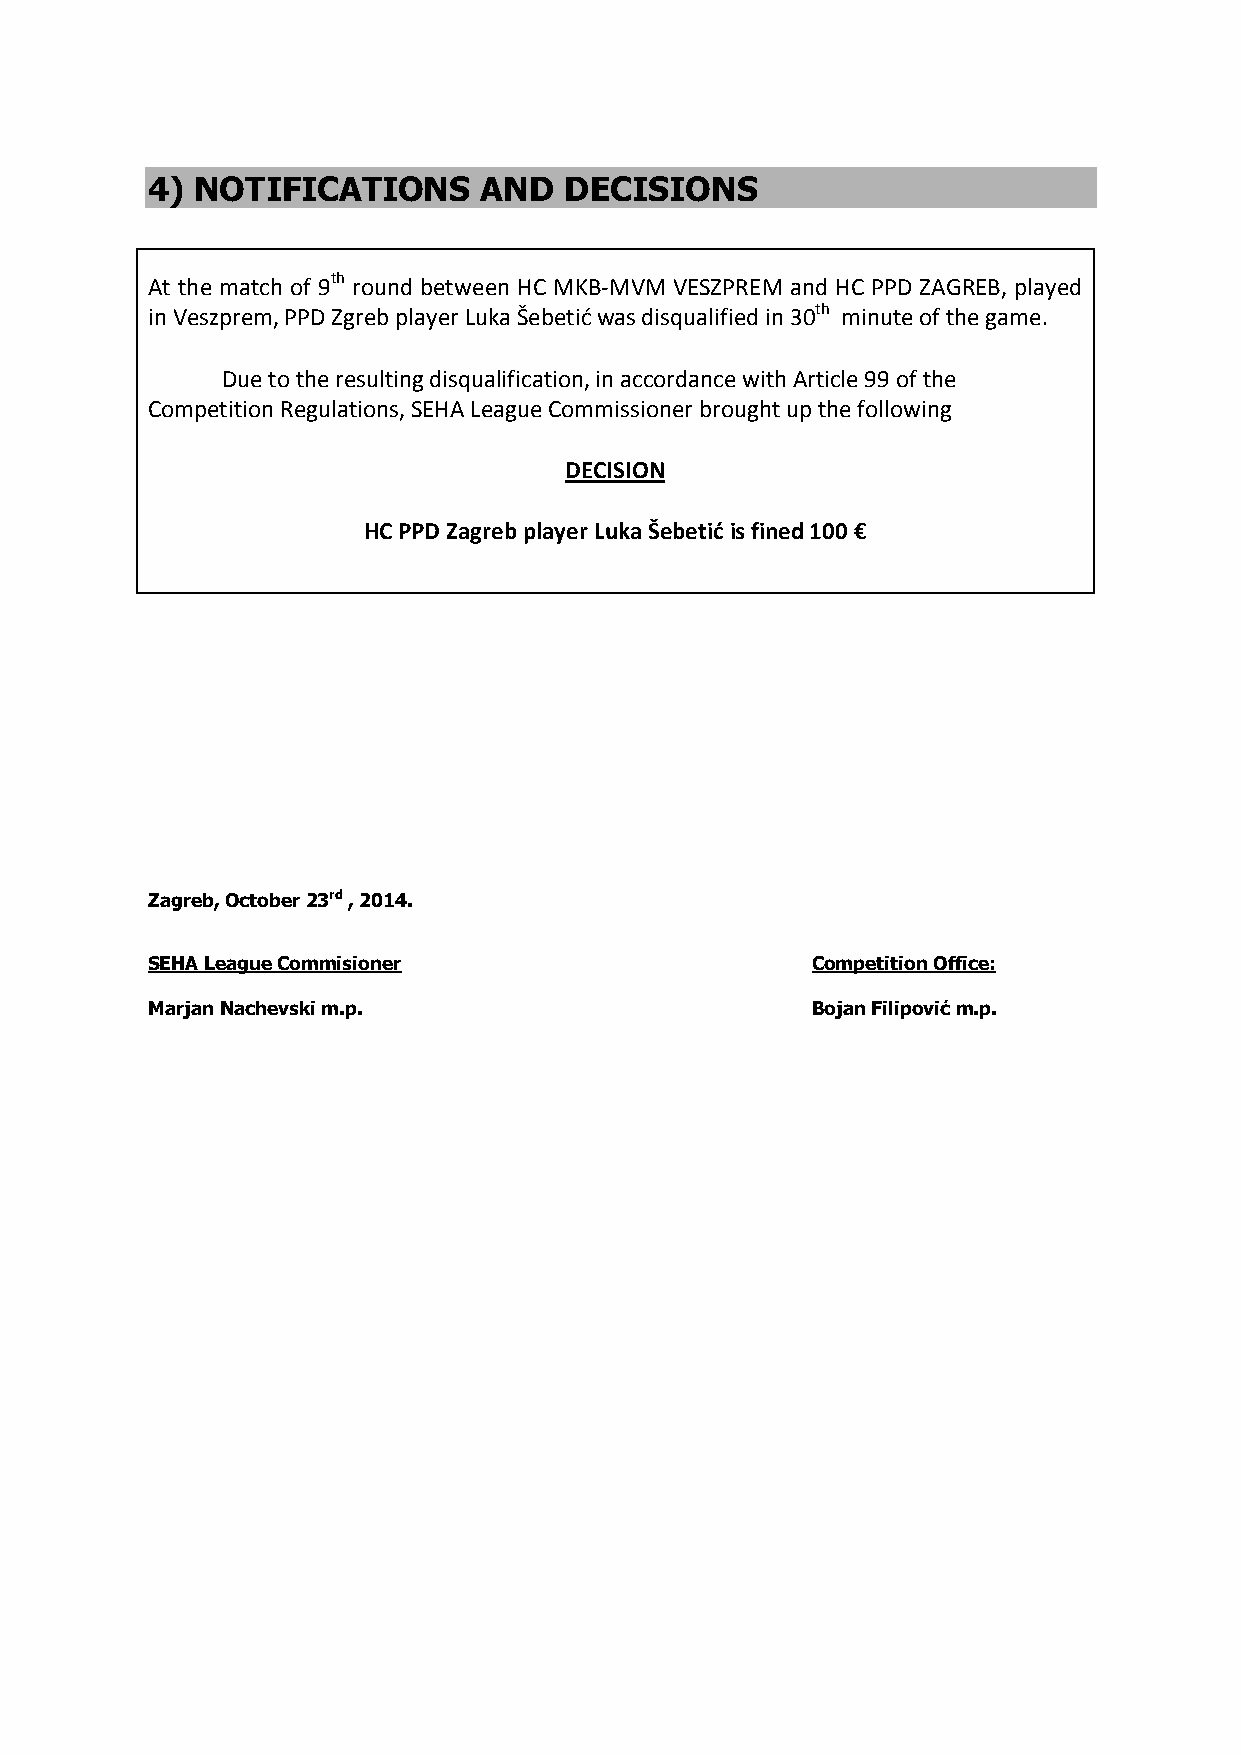
4) NOTIFICATIONS      AND  DECISIONS
 At the match of 9th round between HC MKB-MVM VESZPREM and HC PPD ZAGREB, played
 in Veszprem, PPD Zgreb player Luka Šebetić was disqualified in 30th minute of the game.
 Due to the resulting disqualification, in accordance with Article 99 of the
 Competition Regulations, SEHA League Commissioner brought up the following
 DECISION
 HC PPD Zagreb player Luka Šebetić is fined 100 €
 Zagreb, October 23rd , 2014.
 SEHA League Commisioner                     Competition Office:
 Marjan Nachevski m.p.                       Bojan Filipović m.p.